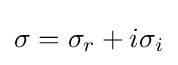
\sigma =\sigma _{r}+i\sigma _{i}